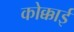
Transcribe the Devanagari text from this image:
कोक्काई